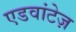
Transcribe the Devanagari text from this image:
एडवांटेज़